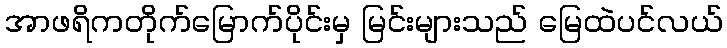
အာဖရိကတိုက်မြောက်ပိုင်းမှ မြင်းများသည် မြေထဲပင်လယ်